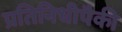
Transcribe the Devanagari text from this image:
प्रतिनिधीपैकी